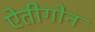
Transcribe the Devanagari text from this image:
ऐतीगोन